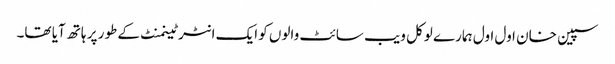
سپین خان اول اول ہمارے لوکل ویب سائٹ والوں کو ایک انٹرٹینمنٹ کے طور پر ہاتھ آیا تھا۔